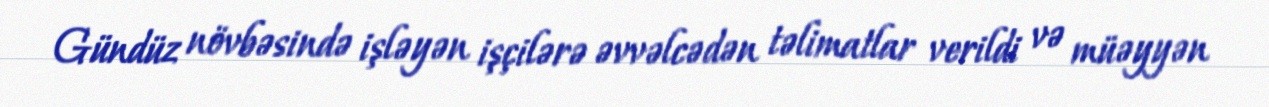
Gündüz növbəsində işləyən işçilərə əvvəlcədən təlimatlar verildi və müəyyən